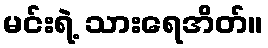
မင်းရဲ့ သားရေအိတ်။